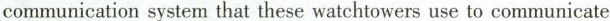
communication system that these watchtowers use to communicate